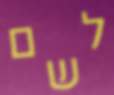
לשם